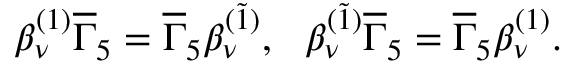
\beta _ { \nu } ^ { ( 1 ) } \overline { { { \Gamma } } } _ { 5 } = \overline { { { \Gamma } } } _ { 5 } \beta _ { \nu } ^ { ( \widetilde { 1 } ) } , ~ ~ \beta _ { \nu } ^ { ( \widetilde { 1 } ) } \overline { { { \Gamma } } } _ { 5 } = \overline { { { \Gamma } } } _ { 5 } \beta _ { \nu } ^ { ( 1 ) } .